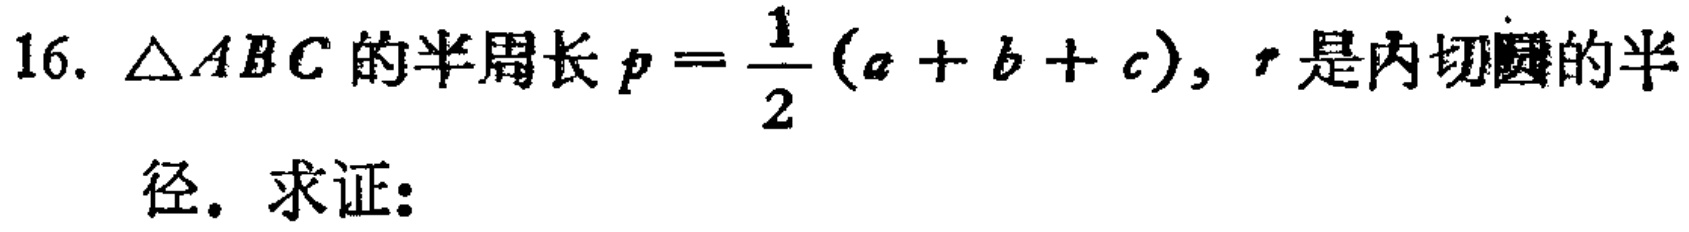
16. $\triangle ABC$的半周长$p = \frac{1}{2}(a + b + c)$，$r$是内切圆的半
径。求证：